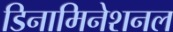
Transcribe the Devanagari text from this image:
डिनामिनेशनल